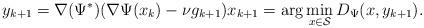
LaTeX: \begin{align*}y_{k+1} = \nabla(\Psi^*) (\nabla \Psi(x_k) - \nu g_{k+1}) x_{k+1} = \arg \min\limits_{x \in \mathcal{S}} D_{\Psi}(x, y_{k+1}).\end{align*}